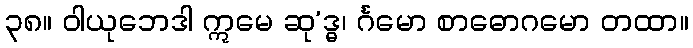
၃၈။ ဝါယုဘေဒါ ဣမေ ဆု’ဒ္ဓ၊ င်္ဂမော စာဓောဂမော တထာ။